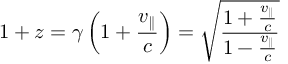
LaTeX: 1 + z = \gamma \left( 1 + { \frac { v _ { \parallel } } { c } } \right) = { \sqrt { \frac { 1 + { \frac { v _ { \parallel } } { c } } } { 1 - { \frac { v _ { \parallel } } { c } } } } }